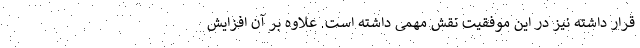
قرار داشته نیز در این موفقیت نقش مهمی داشته است. علاوه بر آن افزایش